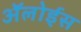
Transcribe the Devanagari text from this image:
ॲलोईस